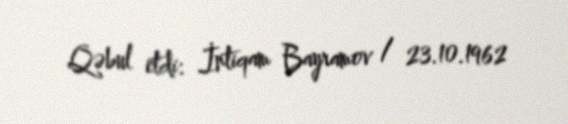
Qəbul etdi: İntiqam Bayramov / 23.10.1962